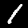
Digit: 1